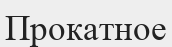
Прокатное